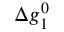
\Delta g _ { 1 } ^ { 0 }